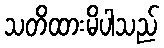
သတိထားမိပါသည်